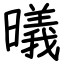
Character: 㬢